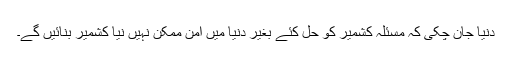
دنیا جان چکی کہ مسئلہ کشمیر کو حل کئے بغیر دنیا میں امن ممکن نہیں نیا کشمیر بنائیں گے۔